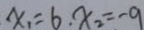
x _ { 1 } = 6 , x _ { 2 } = - 9